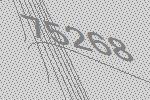
75268